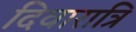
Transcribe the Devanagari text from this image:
दिवारात्रि